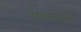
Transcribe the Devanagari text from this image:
२०४६का